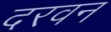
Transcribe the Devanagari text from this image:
दरवन